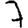
Digit: 7